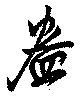
盎